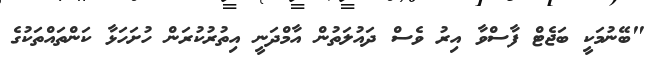
"ބޭނުމަކީ ބަޖެޓް ފާސްވާ އިރު ވެސް ދައުލަތުން އާމްދަނީ އިތުރުކުރަން ހުށަހަޅާ ކަންތައްތަކުގެ